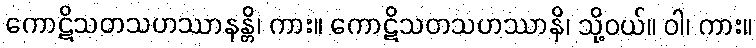
ကောဋိသတသဟဿာနန္တိ၊ ကား။ ကောဋိသတသဟဿာနိ၊ သို့ဝယ်။ ဝါ၊ ကား။